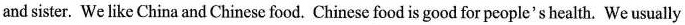
and sister. We like China and Chinese food. Chinese food is good for people's health. We usually